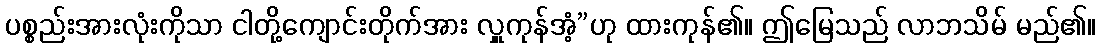
ပစ္စည်းအားလုံးကိုသာ ငါတို့ကျောင်းတိုက်အား လှူကုန်အံ့”ဟု ထားကုန်၏။ ဤမြေသည် လာဘသိမ် မည်၏။